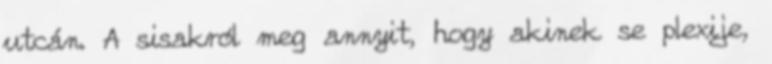
utcán. A sisakról meg annyit, hogy akinek se plexije,